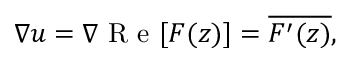
\nabla u = \nabla \mathrm { ~ R ~ e ~ } [ F ( z ) ] = \overline { { F ^ { \prime } ( z ) } } ,